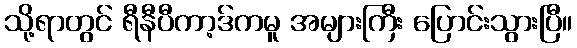
သို့ရာတွင် ရီနီပီကာ့ဒ်ကမူ အများကြီး ပြောင်းသွားပြီ။